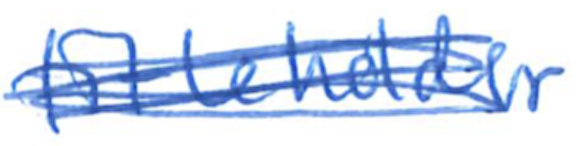
Text: titleholder
Cross-out: scratch
Writing tool: ballpoint